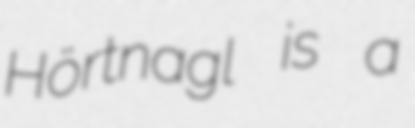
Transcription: Hörtnagl is a